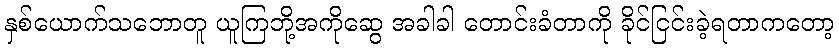
နှစ်ယောက်သဘောတူ ယူကြဘို့အကိုဆွေ အခါခါ တောင်းခံတာကို ခိုင်ငြင်းခဲ့ရတာကတော့